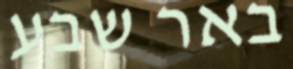
באר שבע